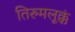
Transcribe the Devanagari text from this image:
तिरुमलूक्कं